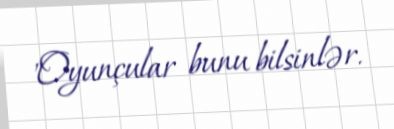
"Oyunçular bunu bilsinlər.